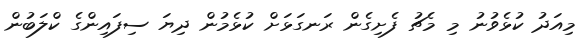
މިއަދު ކުޅެވުނު މި މެޗު ފެށިގެން ރަނގަޅަށް ކުޅެމުން ދިޔަ ސިފައިންގެ ކްލަބުން